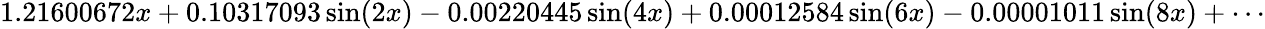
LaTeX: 1.21600672x+0.10317093\sin(2x)-0.00220445\sin(4x)+0.00012584\sin(6x)-0.00001011\sin(8x)+\cdots